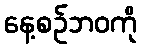
နေ့စဉ်ဘဝကို